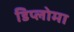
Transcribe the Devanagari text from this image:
डिप्‍लोमा